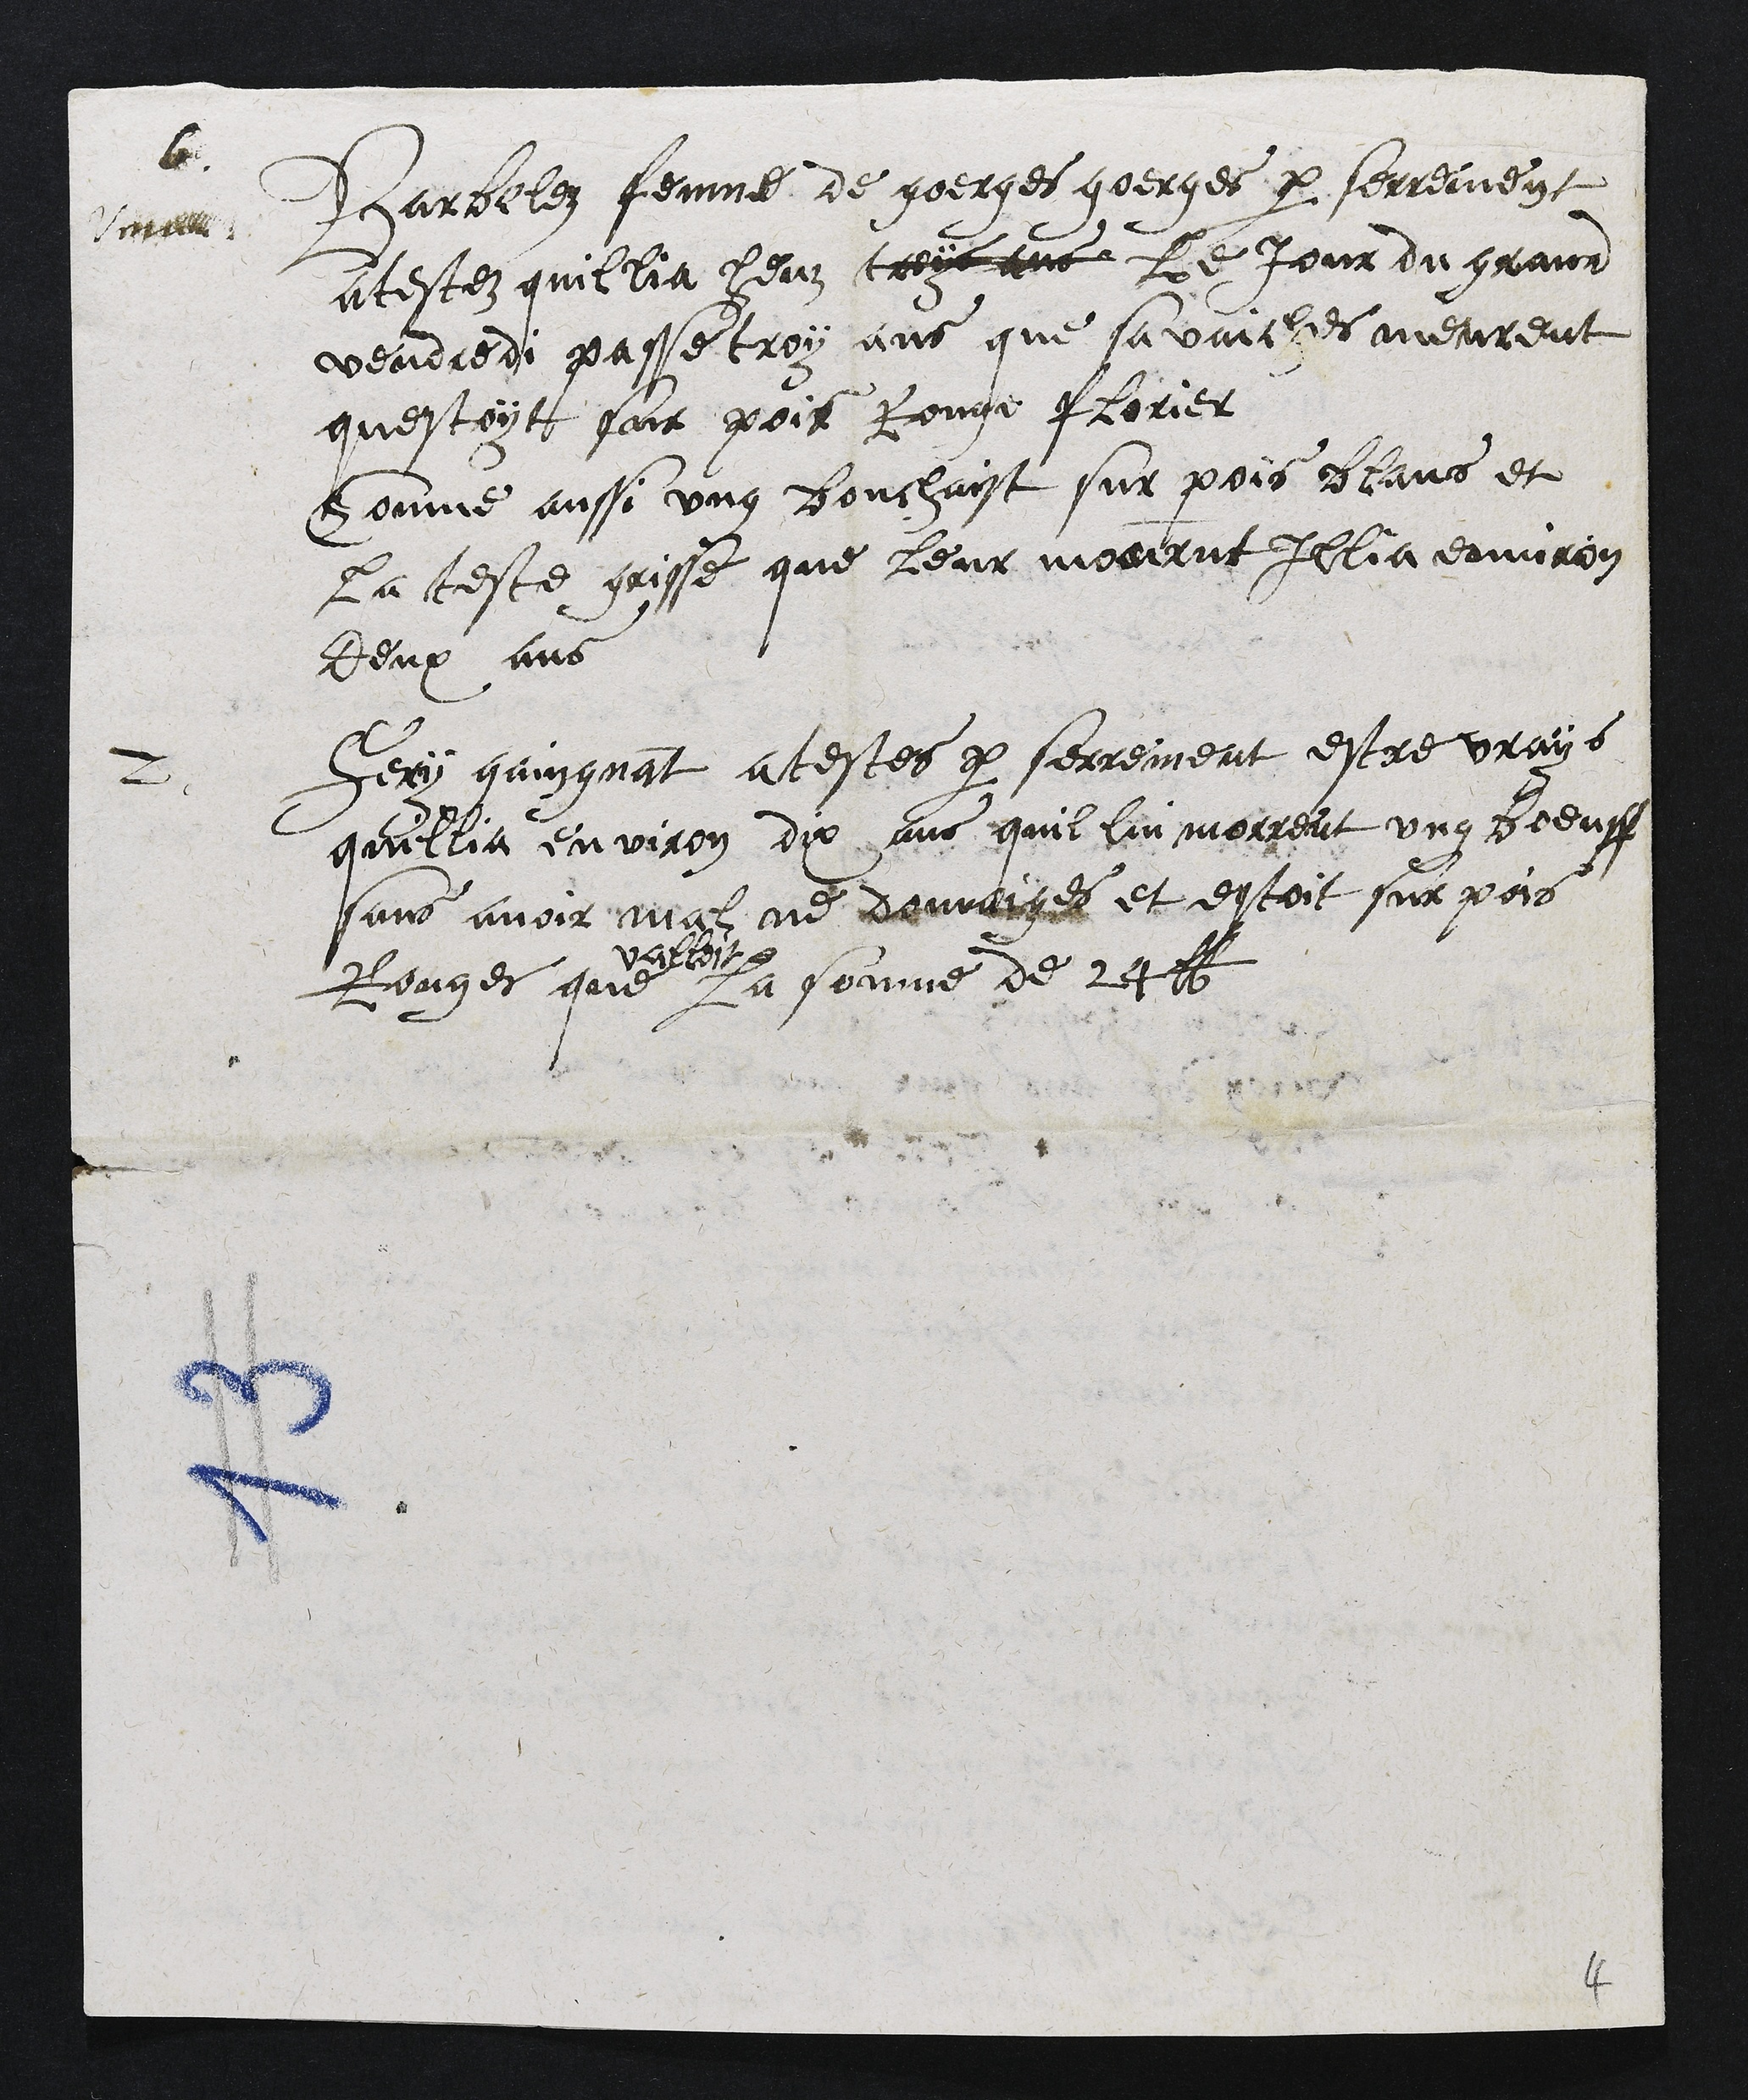
6.
Verum
Barbelez femme de goerges goerges par serrement
atestez quillia heuz troys ans le jour du grand
vendredi passe troy ans que sa vaiches meureut
questoyt sur pois Rouge florier
Comme aussi ung bouchaist sur pois blans et
la teste grisse que leur mourut Illia environ
deux ans
2
Fery gaingnant atestes par serrement estre vrays
quillia environ dix ans quil lui morreut ung boeuff
sans avoir mal ne domaiges et estoit sur pois
Rouges que
valloit
la somme de 24 lb
4